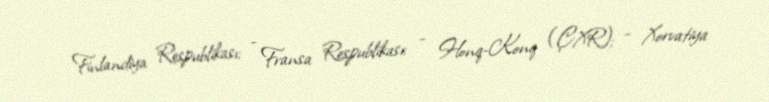
Finlandiya Respublikası; - Fransa Respublikası; - Honq-Konq (ÇXR); - Xorvatiya